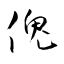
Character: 傀